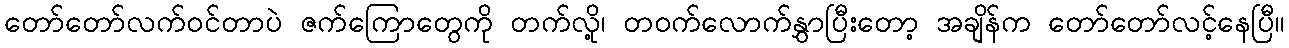
တော်တော်လက်ဝင်တာပဲ ဇက်ကြောတွေကို တက်လို့၊ တဝက်လောက်နွှာပြီးတော့ အချိန်က တော်တော်လင့်နေပြီ။